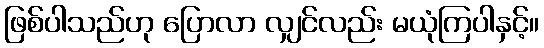
ဖြစ်ပါသည်ဟု ပြောလာ လျှင်လည်း မယုံကြပါနှင့်။